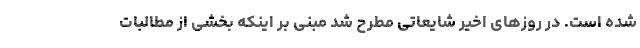
شده است. در روزهای اخیر شایعاتی مطرح شد مبنی بر اینکه بخشی از مطالبات